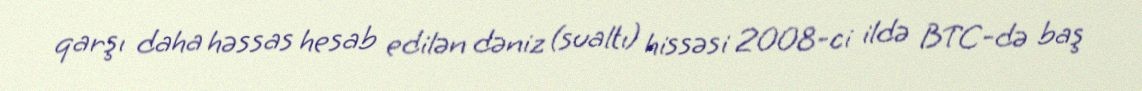
qarşı daha həssas hesab edilən dəniz (sualtı) hissəsi 2008-ci ildə BTC-də baş